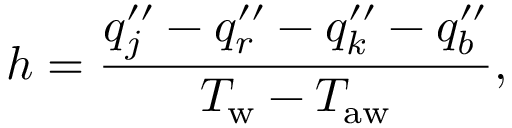
h = \frac { q _ { j } ^ { \prime \prime } - q _ { r } ^ { \prime \prime } - q _ { k } ^ { \prime \prime } - q _ { b } ^ { \prime \prime } } { T _ { \mathrm { w } } - T _ { \mathrm { a w } } } ,